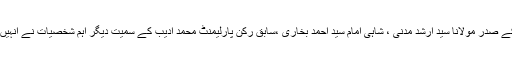
جمعیۃ علماء ہند کے صدر مولانا سید ارشد مدنی ، شاہی امام سید احمد بخاری ،سابق رکن پارلیمنٹ محمد ادیب کے سمیت دیگر اہم شخصیات نے انہیں مبارکباد پیش کی ۔